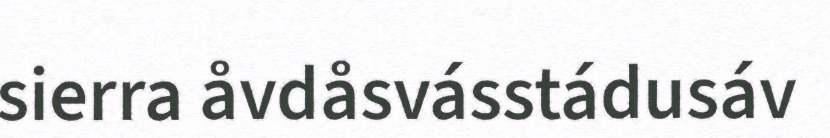
sierra åvdåsvásstádusáv